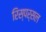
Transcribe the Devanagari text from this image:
रिस्पर्सल